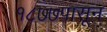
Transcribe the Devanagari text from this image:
१८७७पासून